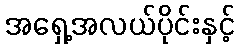
အရှေ့အလယ်ပိုင်းနှင့်